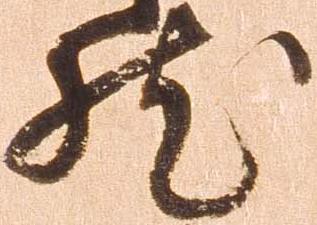
然